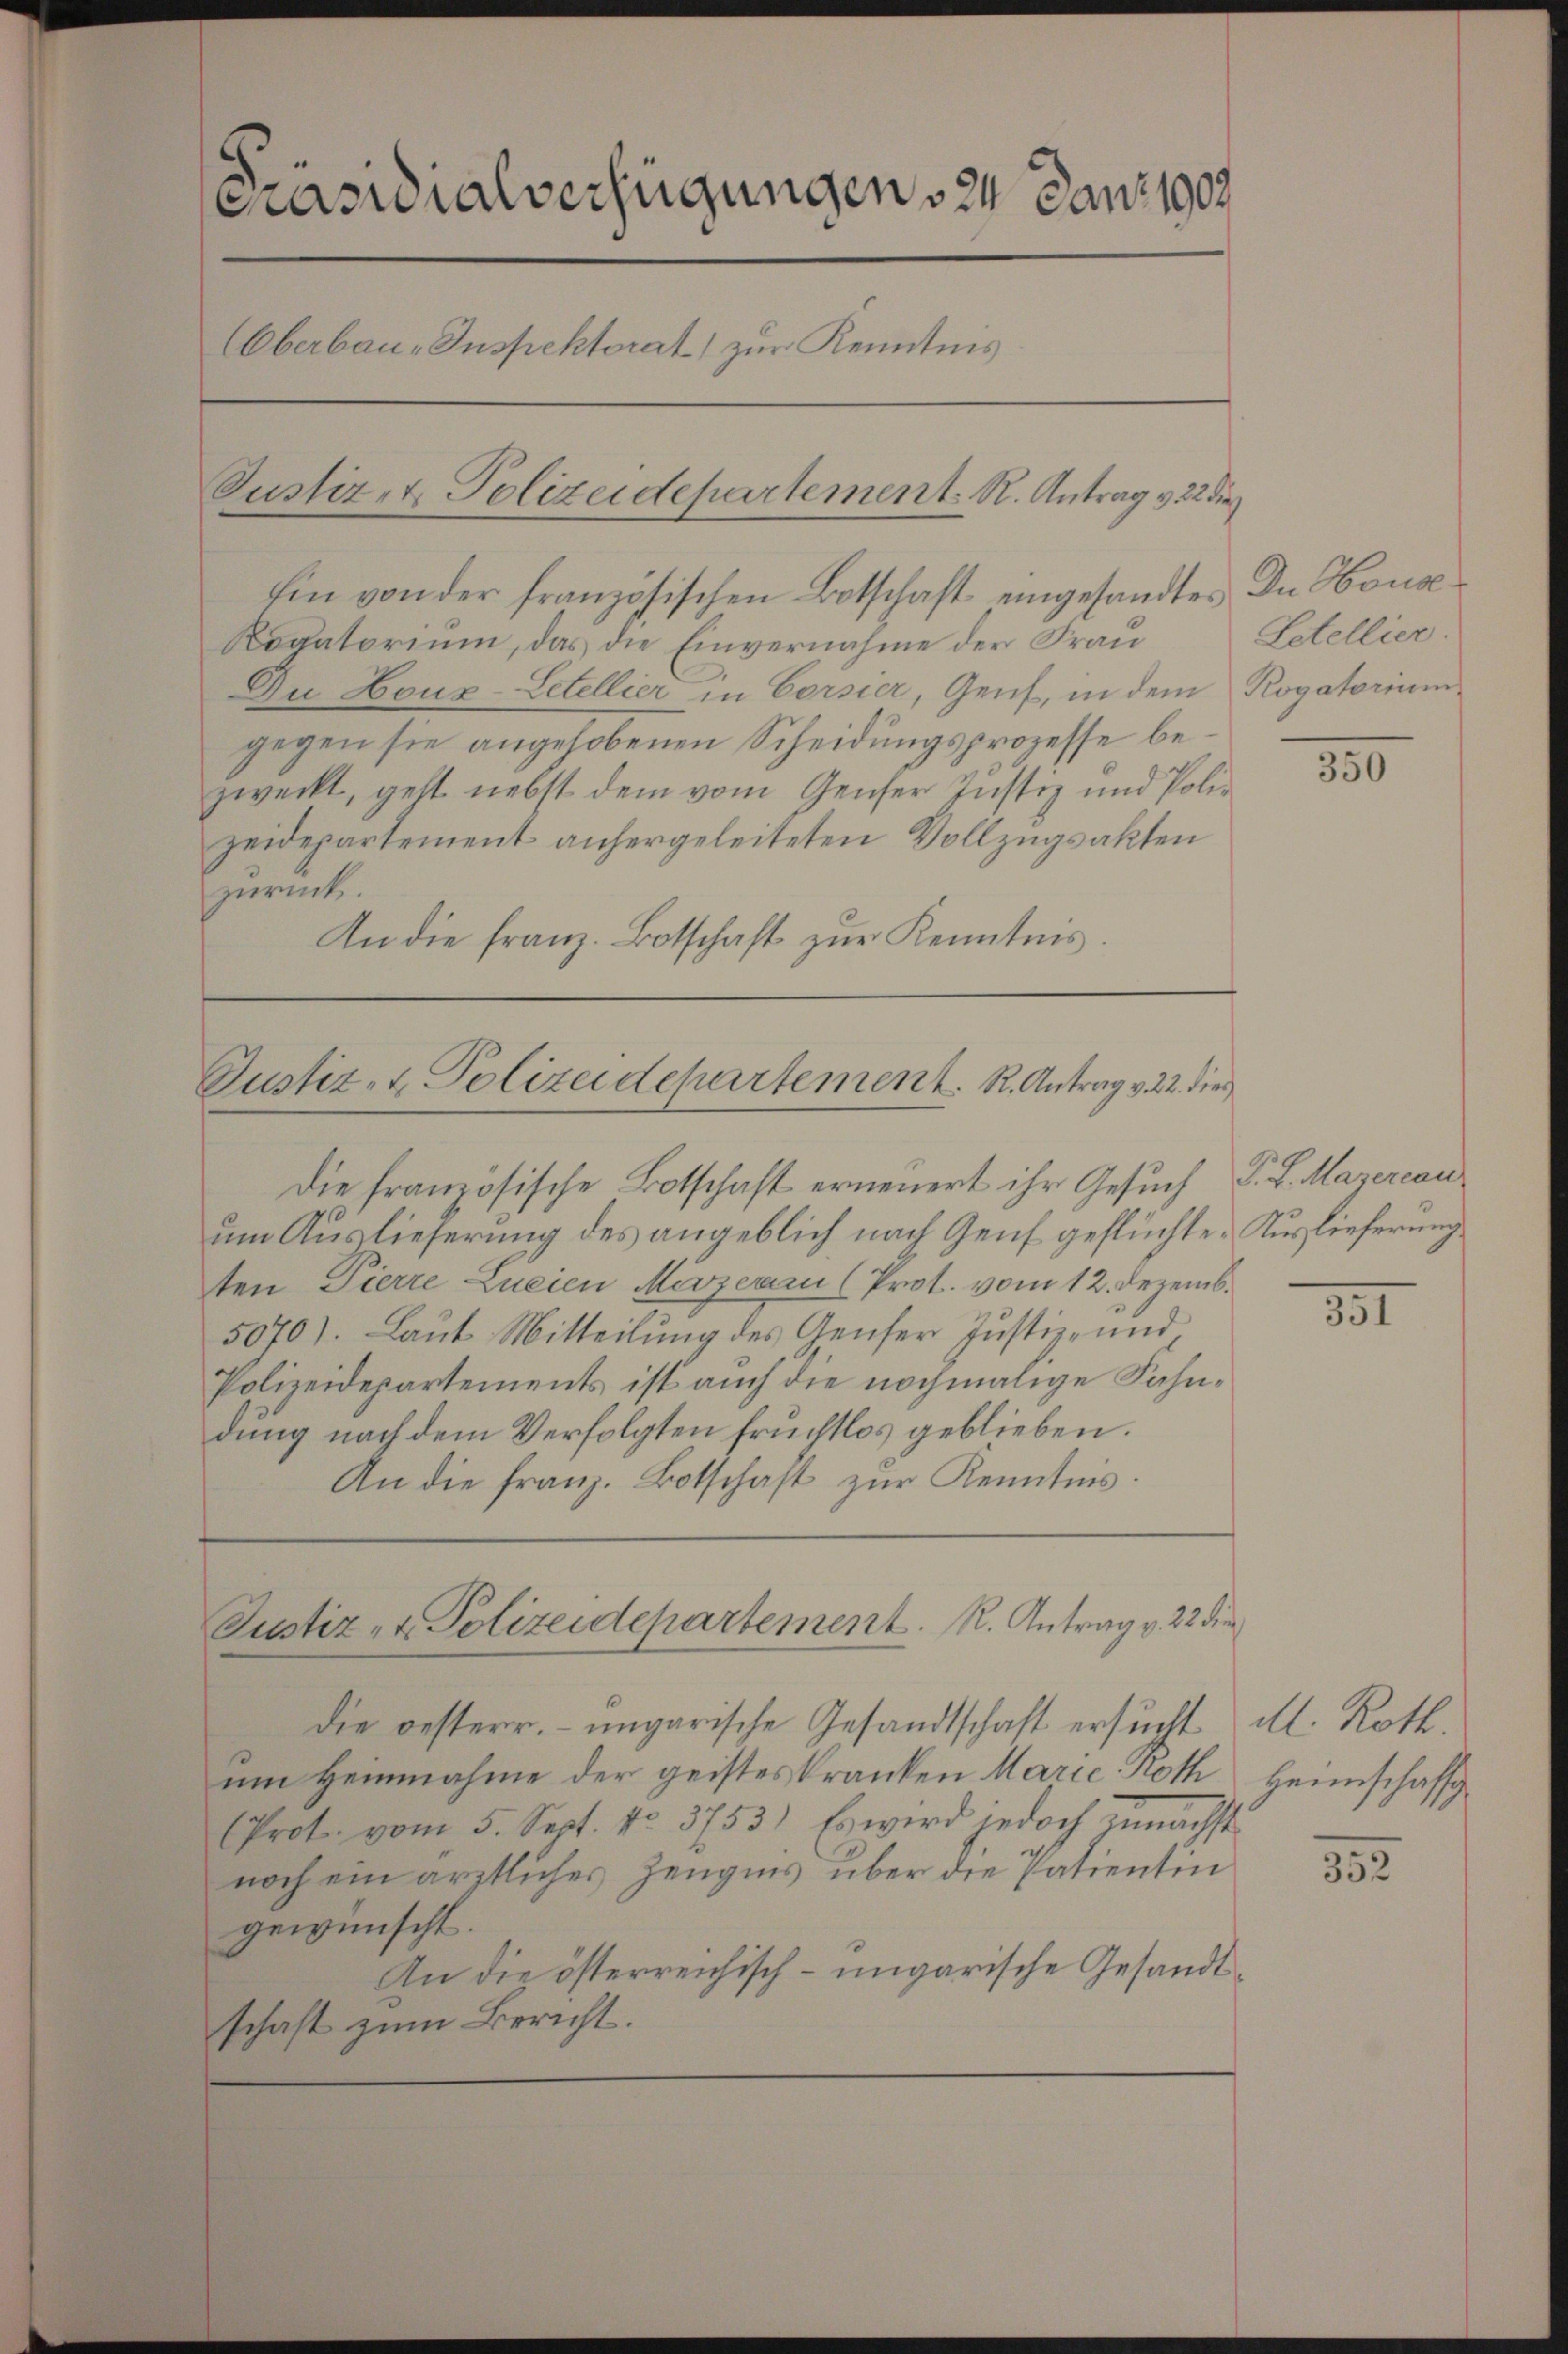
Novatorium, das die Einvernahme der Frau
Du Houz-Letellier in Corsier, Genf, in dem Rogatorium
gegen sie angehobenen Scheidungsprozesse bezweckt, geht nebst dem vom Genfer Justiz und Polizeidepartement anhergeleiteten Vollzugsakten
zurück.
An die franz. Botschaft zŭr Kenntnis.

Präsidialverfügungen 124. Jans 1908.
Oberbau-Inspektorat) zur Kenntnis
Justiz- & Polizeidepartement. R. Antrag v. 22 die

Die französische Botschaft erneuert ihr Gesuch P. L. Marercau
um Auslieferung des angeblich nach Genf geflüchte. Auslieferung,
ten Pierre Zueien Merzer (Prot. vom 12. Dezemb.
50701. Laut Mitteilung des Genfer Justiz- und
Polizeidepartements ist auch die nochmalige Fahndung nach dem Verfolgten fruchtlos geblieben.
An die Franz. Botschaft zur Kenntnis.

Ein von der französischen Botschaft eingesandtes In House

Justiz- & Polizeidepartement. R. Antrag v. 22. dies

Justiz- & Polizeidepartement. R. Antrag v. 22 die

die besterr. ungarische Gesandtschaft ersucht
um Heinnahme der geistes Kranken Marie Roth
Prot. vom 5. Sept. No. 3753.) Es wird jedoch nächst
noch ein ärztliches Zeugens über die Patientin
gewünscht.
An die österreichisch-ungarische Gesandtschaft zum Bericht.

Letellier.

130

—

d. Roth
Heimschaff

352